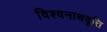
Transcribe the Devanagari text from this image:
विश्वनाथवृत्ति